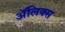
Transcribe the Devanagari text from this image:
ॲलिक्स